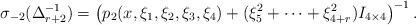
LaTeX: \begin{align*} \sigma_{-2}(\Delta_{r+2}^{-1}) = \left (p_2(x, \xi_1, \xi_2, \xi_3, \xi_4) + (\xi_5^2 + \cdots + \xi_{4+r}^2) I_{4\times 4} \right )^{-1}. \end{align*}